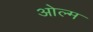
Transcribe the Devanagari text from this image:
ओल्म